Report of the Indian Hemp Drugs Commission, 1894-1895 - Volume V
Year: 1894
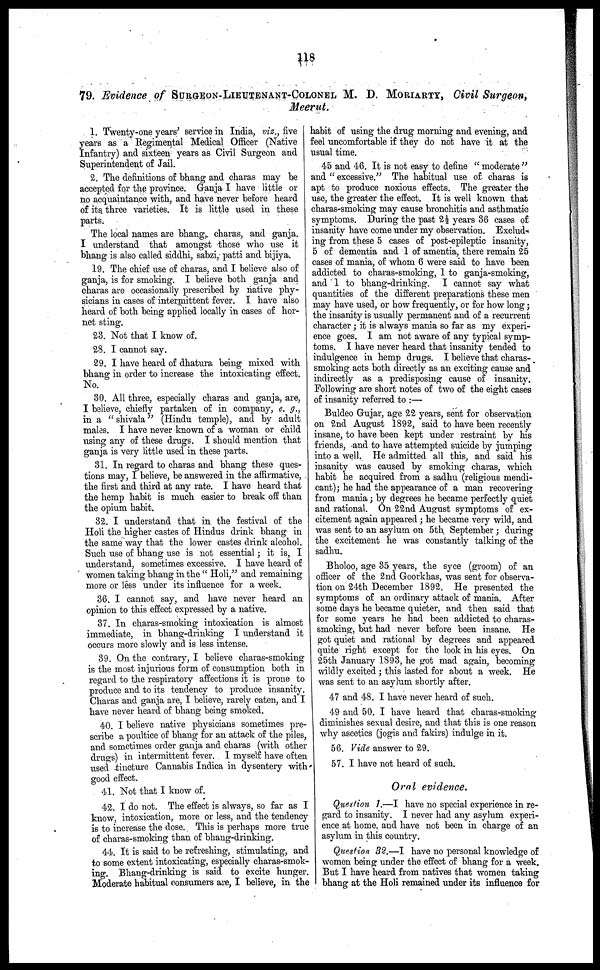
118
79. Evidence of SURGEON-LIEUTENANT-COLONEL M. D. MORIARTY, Civil Surgeon,
Meerut.
1. Twenty-one years' service in India, viz., five
years as a Regimental Medical Officer (Native
Infantry) and sixteen years as Civil Surgeon and
Superintendent of Jail.
2. The definitions of bhang and charas may be
accepted for the province. Ganja I have little or
no acquaintance with, and have never before heard
of its three varieties. It is little used in these
parts.
The local names are bhang, charas, and ganja.
I understand that amongst those who use it
bhang is also called siddhi, sabzi, patti and bijiya.
19. The chief use of charas, and I believe also of
ganja, is for smoking. I believe both ganja and
charas are occasionally prescribed by native phy-
sicians in cases of intermittent fever. I have also
heard of both being applied locally in cases of hor-
net sting.
23. Not that I know of.
28. I cannot say.
29. I have heard of dhatura being mixed with
bhang in order to increase the intoxicating effect.
No.
30. All three, especially charas and ganja, are,
I believe, chiefly partaken of in company, e. g.,
in a "shivala" (Hindu temple), and by adult
males. I have never known of a woman or child
using any of these drugs. I should mention that
ganja is very little used in these parts.
31. In regard to charas and bhang these ques-
tions may, I believe, be answered in the affirmative,
the first and third at any rate. I have heard that
the hemp habit is much easier to break off than
the opium habit.
32. I understand that in the festival of the
Holi the higher castes of Hindus drink bhang in
the same way that the lower castes drink alcohol.
Such use of bhang use is not essential; it is, I
understand, sometimes excessive. I have heard of
women taking bhang in the " Holi," and remaining
more or less under its influence for a week.
36. I cannot say, and have never heard an
opinion to this effect expressed by a native.
37. In charas-smoking intoxication is almost
immediate, in bhang-drinking I understand it
occurs more slowly and is less intense.
39. On the contrary, I believe charas-smoking
is the most injurious form of consumption both in
regard to the respiratory affections it is prone to
produce and to its tendency to produce insanity.
Charas and ganja are, I believe, rarely eaten, and I
have never heard of bhang being smoked.
40. I believe native physicians sometimes pre-
scribe a poultice of bhang for an attack of the piles,
and sometimes order ganja and charas (with other
drugs) in intermittent fever. I myself have often
used tincture Cannabis Indica in dysentery with
good effect.
41. Not that I know of.
42. I do not. The effect is always, so far as I
know, intoxication, more or less, and the tendency
is to increase the dose. This is perhaps more true
of charas-smoking than of bhang-drinking.
44. It is said to be refreshing, stimulating, and
to some extent intoxicating, especially charas-smok-
ing. Bhang-drinking is said to excite hunger.
Moderate habitual consumers are, I believe, in the
habit of using the drug morning and evening, and
feel uncomfortable if they do not have it at the
usual time.
45 and 46. It is not easy to define " moderate "
and " excessive." The habitual use of charas is
apt to produce noxious effects. The greater the
use, the greater the effect. It is well known that
charas-smoking may cause bronchitis and asthmatic
symptoms. During the past 2½ years 36 cases of
insanity have come under my observation. Exclud-
ing from these 5 cases of post-epileptic insanity,
5 of dementia and 1 of amentia, there remain 25
cases of mania, of whom 6 were said to have been
addicted to charas-smoking, 1 to ganja-smoking,
and 1 to bhang-drinking. I cannot say what
quantities of the different preparations these men
may have used, or how frequently, or for how long ;
the insanity is usually permanent and of a recurrent
character; it is always mania so far as my experi-
ence goes. I am not aware of any typical symp-
toms. I have never heard that insanity tended to
indulgence in hemp drugs. I believe that charas-
smoking acts both directly as an exciting cause and
indirectly as a predisposing cause of insanity.
Following are short notes of two of the eight cases
of insanity referred to :—
Buldeo Gujar, age 22 years, sent for observation
on 2nd August 1892, said to have been recently
insane, to have been kept under restraint by his
friends, and to have attempted suicide by jumping
into a well. He admitted all this, ana said his
insanity was caused by smoking charas, which
habit he acquired from a sadhu (religious mendi-
cant); he had the appearance of a man recovering
from mania; by degrees he became perfectly quiet
and rational. On 22nd August symptoms of ex-
citement again appeared; he became very wild, and
was sent to an asylum on 5th September ; during
the excitement he was constantly talking of the
sadhu.
Bholoo, age 35 years, the syce (groom) of an
officer of the 2nd Goorkhas, was sent for observa-
tion on 24th December 1892. He presented the
symptoms of an ordinary attack of mania. After
some days he became quieter, and then said that
for some years he had been addicted to charas-
smoking, but had never before been insane. He
got quiet and rational by degrees and appeared
quite right except for the look in his eyes. On
25th January 1893, he got mad again, becoming
wildly excited ; this lasted for about a week. He
was sent to an asylum shortly after.
47 and 48. I have never heard of such.
49 and 50. I have heard that charas-smoking
diminishes sexual desire, and that this is one reason
why ascetics (jogis and fakirs) indulge in it.
56. Vide answer to 29.
57. I have not heard of such.
Oral evidence.
Question 1.—I have no special experience in re-
gard to insanity. I never had any asylum experi-
ence at home, and have not been in charge of an
asylum in this country.
Question 32.—I have no personal knowledge of
women being under the effect of bhang for a week.
But I have heard from natives that women taking
bhang at the Holi remained under its influence for